Vaccine operations Central Provinces 1900-1911 - 1900-1911
Year: 1900
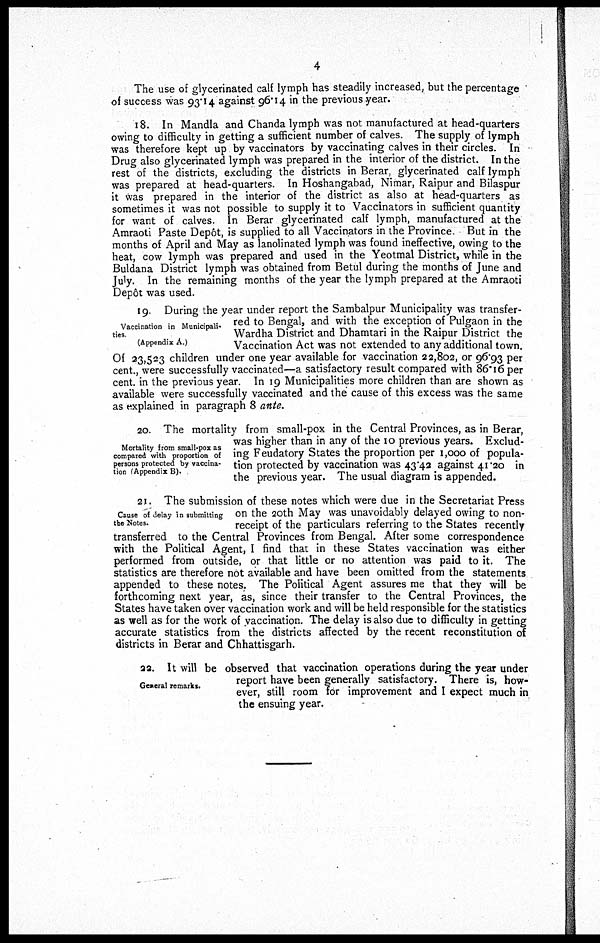
4
The use of glycerinated calf lymph has steadily increased, but the percentage
of success was 93.14 against 96.14 in the previous year.
18. In Mandla and Chanda lymph was not manufactured at head-quarters
owing to difficulty in getting a sufficient number of calves. The supply of lymph
was therefore kept up by vaccinators by vaccinating calves in their circles. In
Drug also glycerinated lymph was prepared in the interior of the district. In the
rest of the districts, excluding the districts in Berar, glycerinated calf lymph
was prepared at head-quarters. In Hoshangabad, Nimar, Raipur and Bilaspur
it was prepared in the interior of the district as also at head-quarters as
sometimes it was not possible to supply it to Vaccinators in sufficient quantity
for want of calves. In Berar glycerinated calf lymph, manufactured at the
Amraoti Paste Depôt, is supplied to all Vaccinators in the Province. But in the
months of April and May as lanolinated lymph was found ineffective, owing to the
heat, cow lymph was prepared and used in the Yeotmal District, while in the
Buldana District lymph was obtained from Betul during the months of June and
July. In the remaining months of the year the lymph prepared at the Amraoti
Depôt was used.
Vaccination in Municipali-
ties.
(Appendix A.)
19. During the year under report the Sambalpur Municipality was transfer-
red to Bengal, and with the exception of Pulgaon in the
Wardha District and Dhamtari in the Raipur District the
Vaccination Act was not extended to any additional town.
Of 23,523 children under one year available for vaccination 22,802, or 96.93 per
cent., were successfully vaccinated—a satisfactory result compared with 86.16 per
cent. in the previous year. In 19 Municipalities more children than are shown as
available were successfully vaccinated and the cause of this excess was the same
as explained in paragraph 8 ante.
Mortality from small-pox as
compared with proportion of
persons protected by vaccina-
tion (Appendix B).
20. The mortality from small-pox in the Central Provinces, as in Berar,
was higher than in any of the 10 previous years. Exclud-
ing Feudatory States the proportion per 1,000 of popula-
tion protected by vaccination was 43.42 against 41.20 in
the previous year. The usual diagram is appended.
Cause of delay in submitting
the Notes.
21. The submission of these notes which were due in the Secretariat Press
on the 20th May was unavoidably delayed owing to non-
receipt of the particulars referring to the States recently
transferred to the Central Provinces from Bengal. After some correspondence
with the Political Agent, I find that in these States vaccination was either
performed from outside, or that little or no attention was paid to it. The
statistics are therefore not available and have been omitted from the statements
appended to these notes. The Political Agent assures me that they will be
forthcoming next year, as, since their transfer to the Central Provinces, the
States have taken over vaccination work and will be held responsible for the statistics
as well as for the work of vaccination. The delay is also due to difficulty in getting
accurate statistics from the districts affected by the recent reconstitution of
districts in Berar and Chhattisgarh.
General remarks.
22. It will be observed that vaccination operations during the year under
report have been generally satisfactory. There is, how-
ever, still room for improvement and I expect much in
the ensuing year.